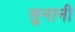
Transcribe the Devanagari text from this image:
सुनानी